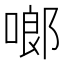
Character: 啷